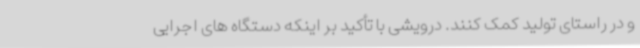
و در راستای تولید کمک کنند. درویشی با تأکید بر اینکه دستگاه های اجرایی